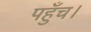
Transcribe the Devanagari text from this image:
पहुँच।